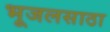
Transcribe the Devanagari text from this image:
भूजलसाठा